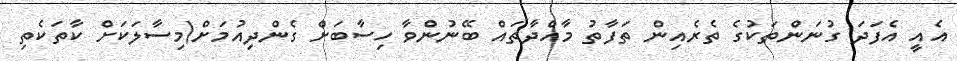
އެއީ އެފަދަ ގުނަންތަކުގެ ތެރެއިން ތަފާތު މާއްދާތައް ބޭނުންވާ ހިސާބަށް ގެންދިއުމަށް(މިސާލަކަށް ކާތަކެތި